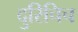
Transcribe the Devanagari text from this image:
दुरिचिच